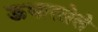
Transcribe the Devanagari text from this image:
ऊभारलेले